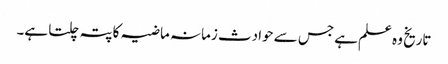
تاریخ وہ علم ہے جس سے حوادث زمانہ ماضیہ کا پتہ چلتا ہے۔